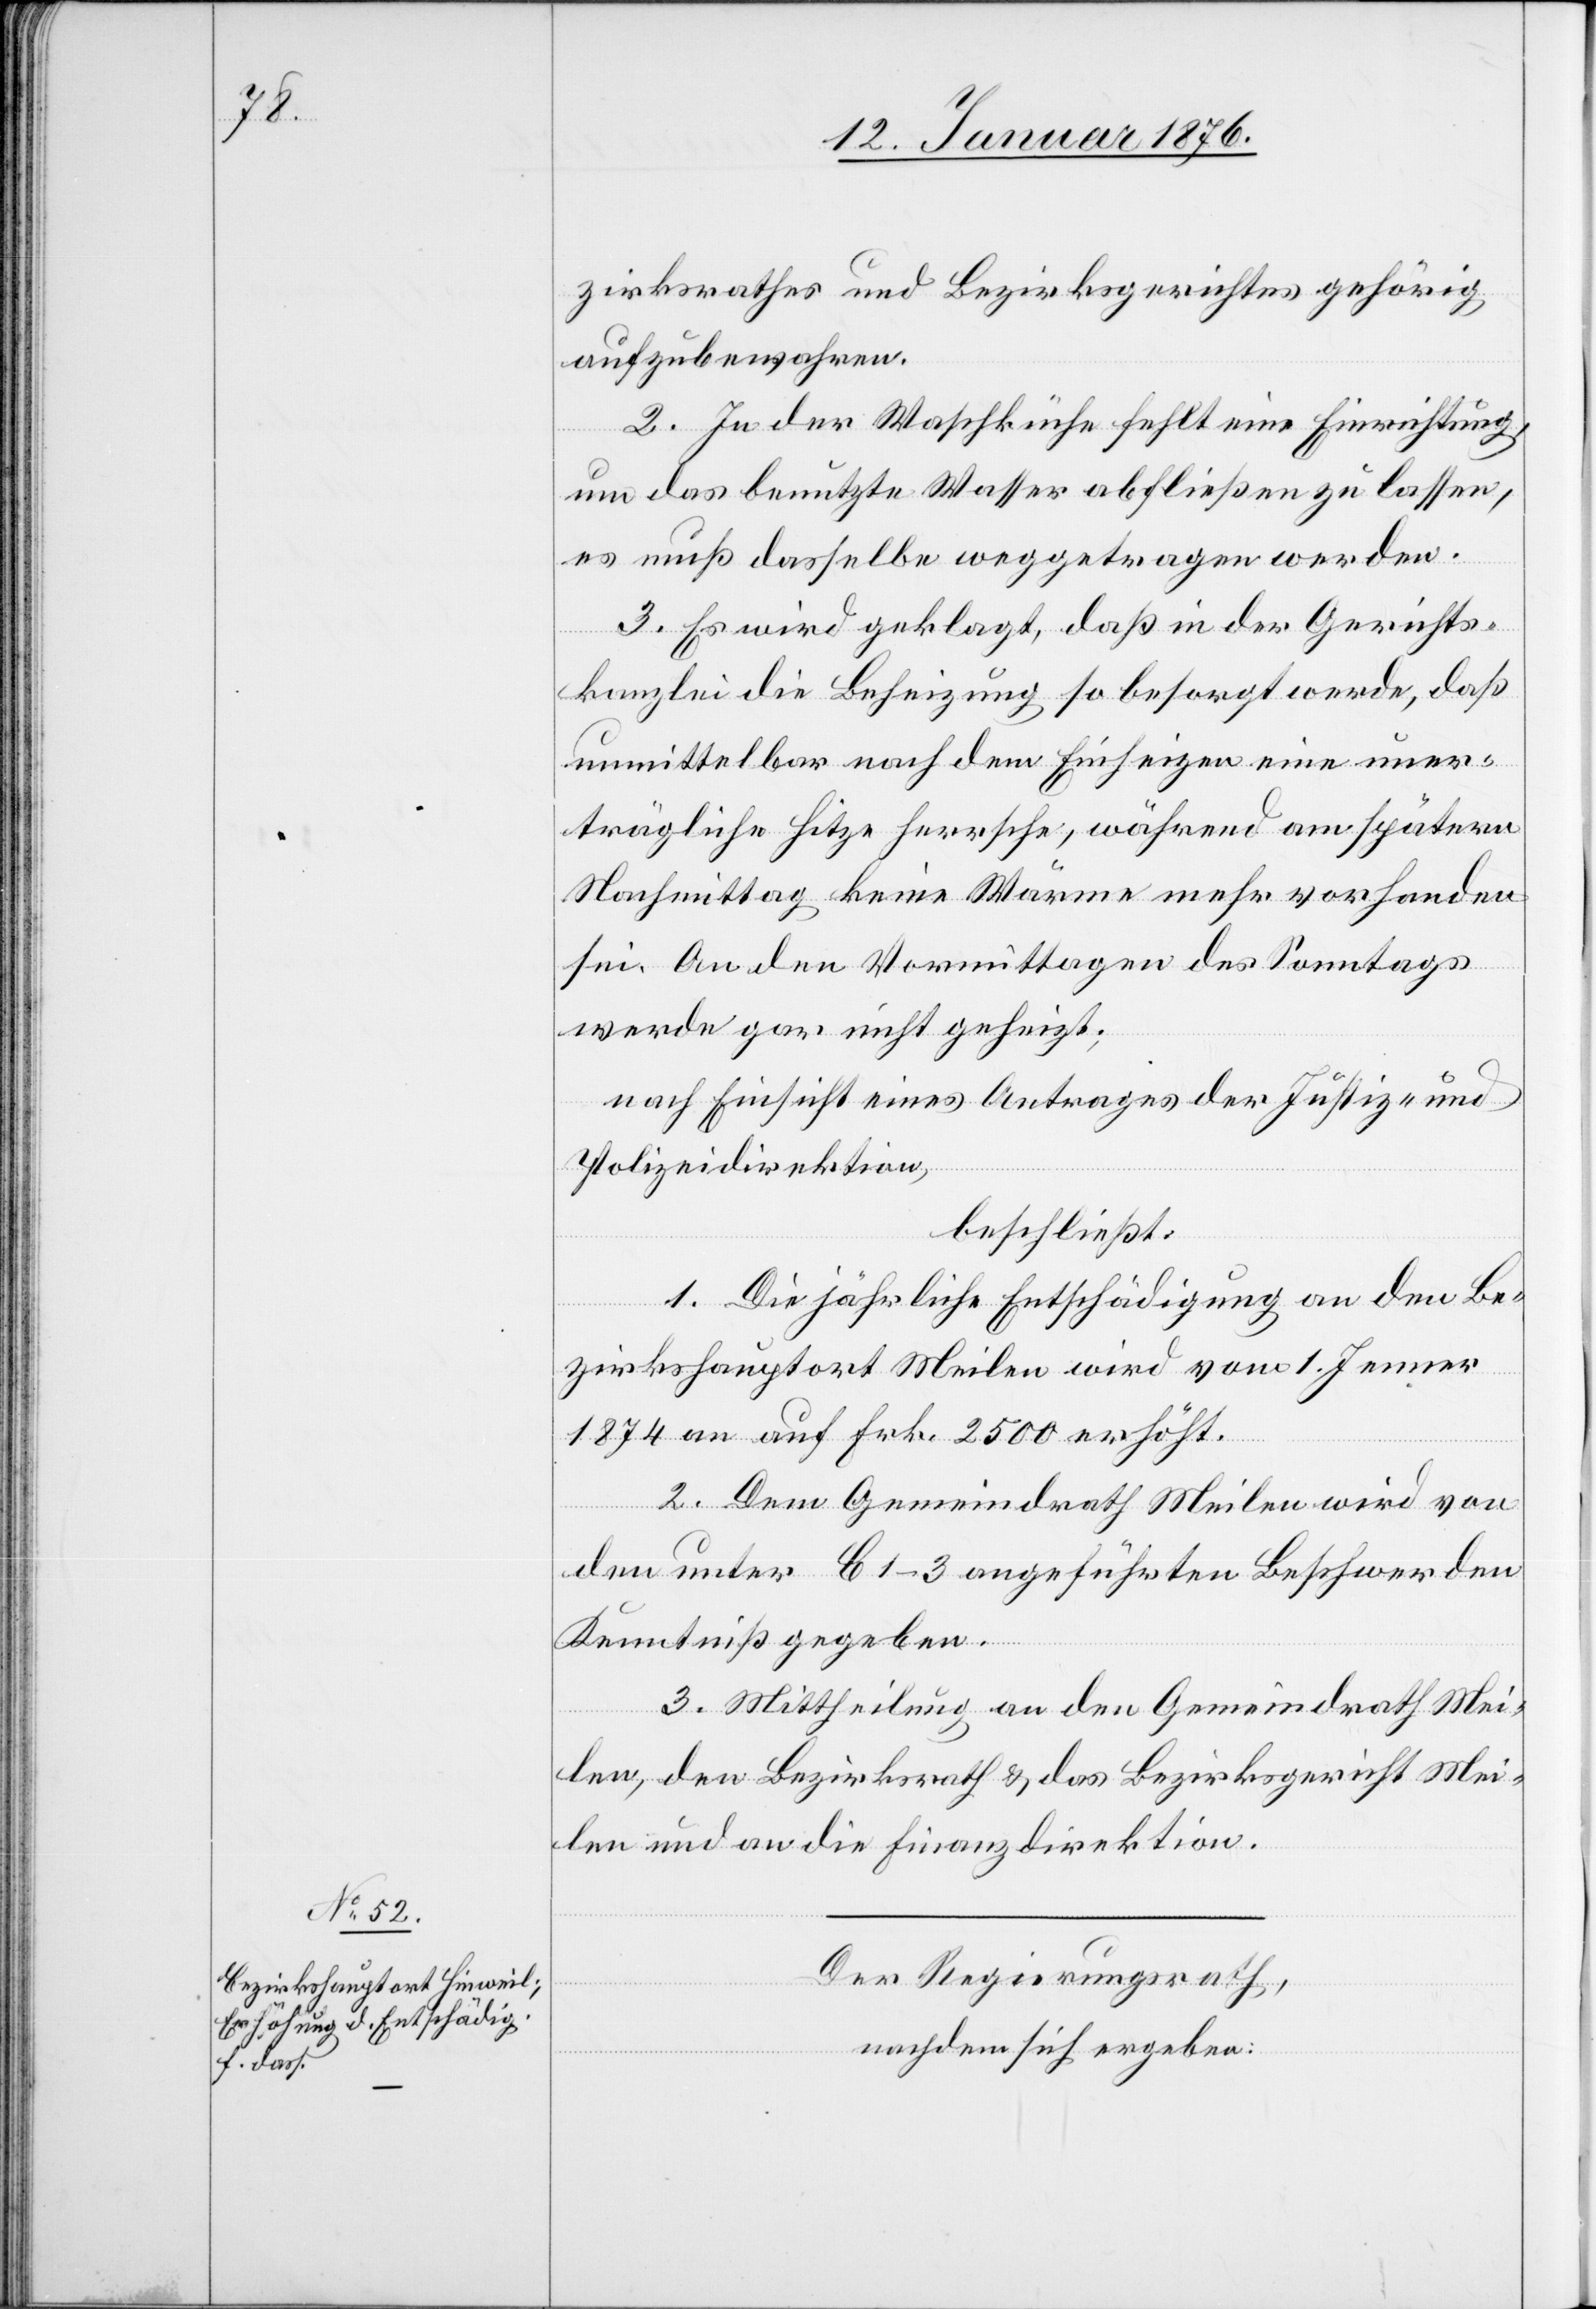
zirksrathes und Bezirksgerichtes gehörig
aufzubewahren.
2. In der Waschküche fehlt eine Einrichtung,
um das benutzte Wasser abfließen zu lassen,
es muß dasselbe weggetragen werden.
3. Es wird geklagt, daß in der Gerichts¬
kanzlei die Beheizung so besorgt werde, daß
unmittelbar nach dem Einheizen eine uner¬
trägliche Hitze herrsche, während am spätern
Nachmittag keine Wärme mehr vorhanden
sei. An den Vormittagen des Sonntags
werde gar nicht geheizt;
nach Einsicht eines Antrages der Justiz- u.
Polizeidirektion,
beschließt:
1. Die jährliche Entschädigung an den Be¬
zirkshauptort Meilen wird vom 1. Jenner
1874 an auf Frk. 2500 erhöht.
2. Dem Gemeindrath Meilen wird von
den unter B 1–3 angeführten Beschwerden
Kenntniß gegeben.
3. Mittheilung an den Gemeindrath Mei¬
len, den Bezirksrath u. das Bezirksgericht Mei¬
len und an die Finanzdirektion.
Der Regierungsrath,
nachdem sich ergeben: